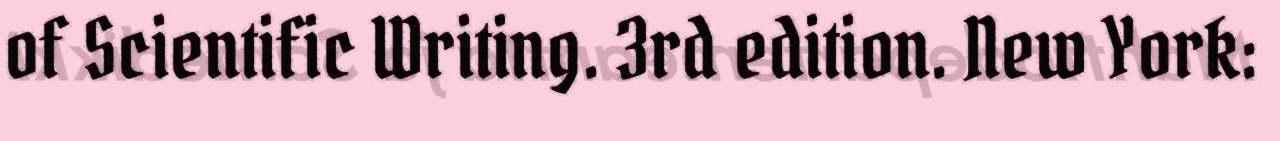
of Scientific Writing. 3rd edition. New York: